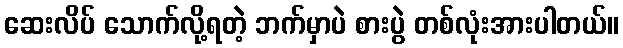
ဆေးလိပ် သောက်လို့ရတဲ့ ဘက်မှာပဲ စားပွဲ တစ်လုံးအားပါတယ်။